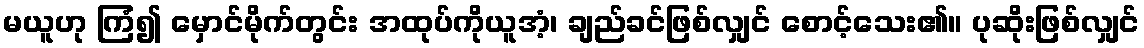
မယူဟု ကြံ၍ မှောင်မိုက်တွင်း အထုပ်ကိုယူအံ့၊ ချည်ခင်ဖြစ်လျှင် စောင့်သေး၏။ ပုဆိုးဖြစ်လျှင်